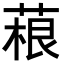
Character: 𦶠